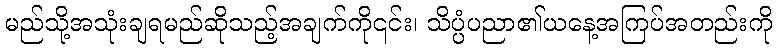
မည်သို့အသုံးချရမည်ဆိုသည့်အချက်ကို၎င်း၊ သိပ္ပံပညာ၏ယနေ့အကြပ်အတည်းကို